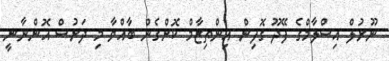
ނޫރުލް އިސްލާމްގެ ފޭދޫ ގޮފިން އިންތިޒާމް ކޮށްގެން ބާއްވާ މި ދަރުސް އޮންނާނީ